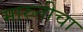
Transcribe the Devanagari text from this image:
मारुतीचा